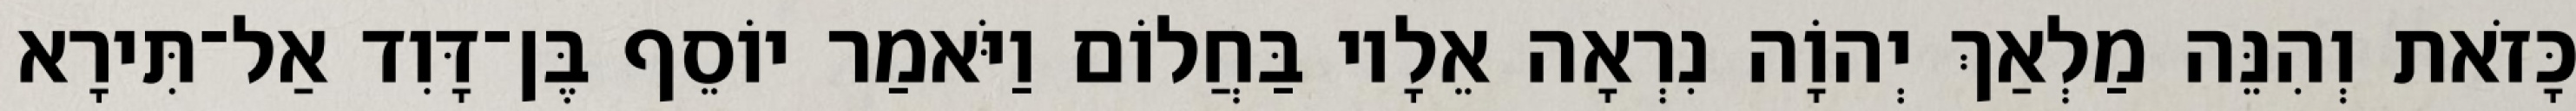
כָּזֹאת וְהִנֵּה מַלְאַךְ יְהוָֹה נִרְאָה אֵלָיו בַּחֲלוֹם וַיֹּאמַר יוֹסֵף בֶּן־דָּוִד אַל־תִּירָא